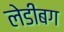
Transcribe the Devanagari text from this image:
लेडीबग